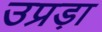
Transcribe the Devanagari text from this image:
उप्रड़ा